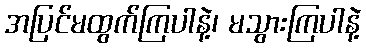
အပြင်မထွက်ကြပါနဲ့၊ မသွားကြပါနဲ့